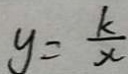
y = \frac { k } { x }